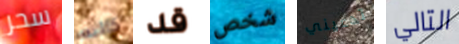
سحر كاليه قد شخص تدعيني التالي